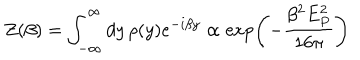
Z ( \beta ) = \int _ { - \infty } ^ { \infty } d y \, \rho ( y ) e ^ { - i \beta y } \propto \exp \left( - { \frac { \beta ^ { 2 } E _ { P } ^ { 2 } } { 1 6 \pi } } \right)